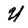
Character: U